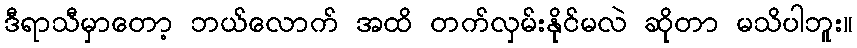
ဒီရာသီမှာတော့ ဘယ်လောက် အထိ တက်လှမ်းနိုင်မလဲ ဆိုတာ မသိပါဘူး။